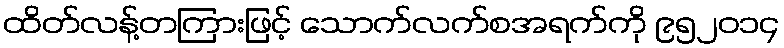
ထိတ်လန့်တကြားဖြင့် သောက်လက်စအရက်ကို ၉၅၂၀၁၄